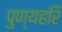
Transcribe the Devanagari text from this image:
पुण्यहरि